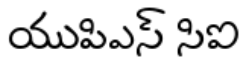
యుపిఎస్ సిఐ